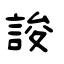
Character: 誜